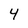
Character: 4